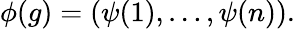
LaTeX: \mathbf{\phi}(g)=(\psi(1),\dots,\psi(n)).